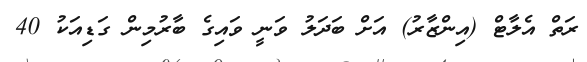
ރަތް އެލާޓް (އިންޒާރު) އަށް ބަދަލު ވަނީ ވައިގެ ބާރުމިން ގަޑިއަކު 40